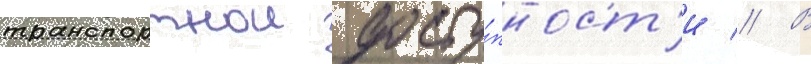
транспортнои досту́пност'и // В